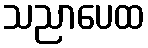
သညာပေထ